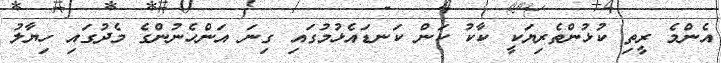
އެންމެ ރީތި ކުޅުންތެރިޔަކީ ކާކު ކަން ކަނޑައެޅުމުގައި ގިނަ އަންހެނުންގެ މެދުގައި ހިޔާލު